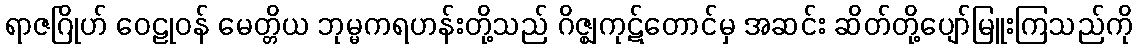
ရာဇဂြိုဟ် ဝေဠုဝန် မေတ္တိယ ဘုမ္မကရဟန်းတို့သည် ဂိဇ္ဈကုဋ်တောင်မှ အဆင်း ဆိတ်တို့ပျော်မြူးကြသည်ကို